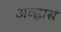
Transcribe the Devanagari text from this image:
अव्ह्रास